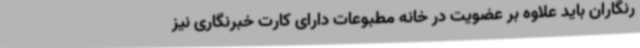
رنگاران باید علاوه بر عضویت در خانه مطبوعات دارای کارت خبرنگاری نیز